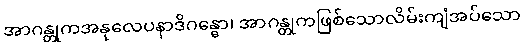
အာဂန္တုကအနုလေပနာဒိဂန္ဓော၊ အာဂန္တုကဖြစ်သောလိမ်းကျံအပ်သော